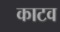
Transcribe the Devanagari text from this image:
काटव